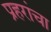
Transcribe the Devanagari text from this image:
प्रहरांचा